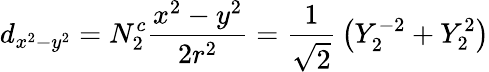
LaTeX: d_{x^{2}-y^{2}}=N_{2}^{c}{\frac{x^{2}-y^{2}}{2r^{2}}}={\frac{1}{\sqrt{2}}}\left(Y_{2}^{-2}+Y_{2}^{2}\right)